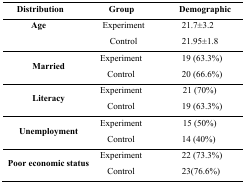
<table><thead><tr><td><b>Distribution</b></td><td><b>Group</b></td><td><b>Demographic</b></td></tr></thead><tbody><tr><td rowspan="2"><b>Age</b></td><td>Experiment</td><td>21.7±3.2</td></tr><tr><td>Control</td><td>21.95±1.8</td></tr><tr><td rowspan="2"><b>Married</b></td><td>Experiment</td><td>19 (63.3%)</td></tr><tr><td>Control</td><td>20 (66.6%)</td></tr><tr><td rowspan="2"><b>Literacy</b></td><td>Experiment</td><td>21 (70%)</td></tr><tr><td>Control</td><td>19 (63.3%)</td></tr><tr><td rowspan="2"><b>Unemployment</b></td><td>Experiment</td><td>15 (50%)</td></tr><tr><td>Control</td><td>14 (40%)</td></tr><tr><td rowspan="2"><b>Poor economic status</b></td><td>Experiment</td><td>22 (73.3%)</td></tr><tr><td>Control</td><td>23(76.6%)</td></tr></tbody></table>